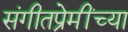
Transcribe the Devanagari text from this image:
संगीतप्रेमींच्या